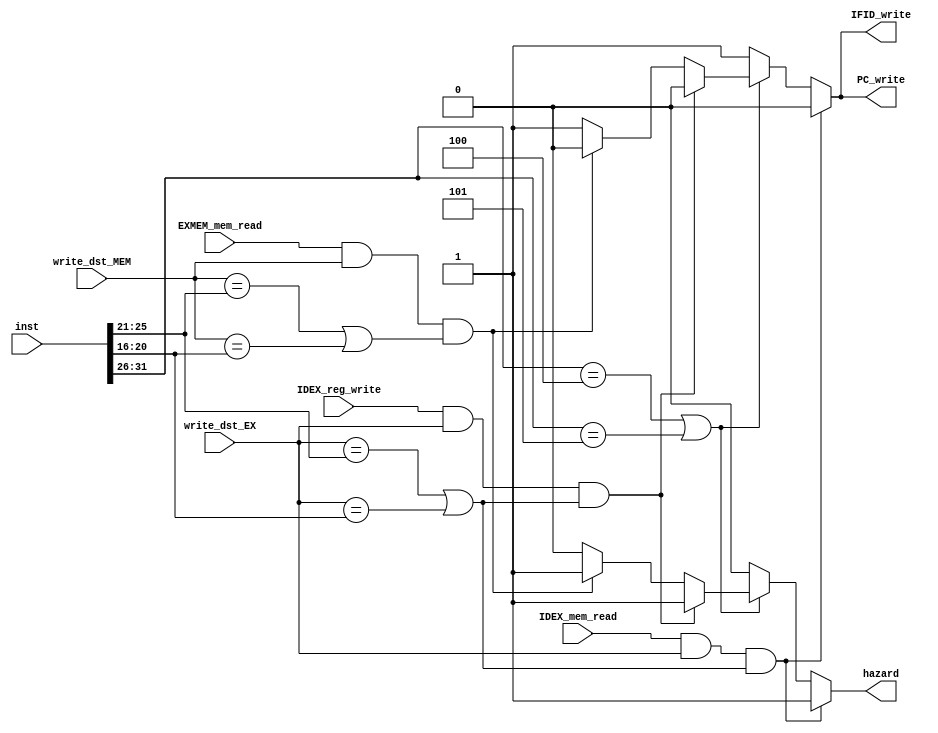
module hazard(PC_write, IFID_write, hazard, IDEX_mem_read, IDEX_reg_write, EXMEM_mem_read, inst, write_dst_EX, write_dst_MEM);

    input IDEX_mem_read, IDEX_reg_write, EXMEM_mem_read;
    input [31:0] inst;
    input [4:0] write_dst_EX, write_dst_MEM;
    output PC_write, IFID_write, hazard;

    reg PC_write, IFID_write, hazard;
    
    initial begin
        PC_write=1;
        IFID_write=1;
        hazard=0;
    end
    
    always @(*) begin
        if (IDEX_mem_read && write_dst_EX && (write_dst_EX==inst[25:21] || write_dst_EX==inst[20:16])) begin
            PC_write=0;
            IFID_write=0;
            hazard=1;
        end
        else if (inst[31:26]==4 || inst[31:26]==5) begin
            if (IDEX_reg_write && write_dst_EX && (write_dst_EX==inst[25:21] || write_dst_EX==inst[20:16])) begin
                PC_write=0;
                IFID_write=0;
                hazard=1;
            end
            else if (EXMEM_mem_read && write_dst_MEM && (write_dst_MEM==inst[25:21] || write_dst_MEM==inst[20:16])) begin
                PC_write=0;
                IFID_write=0;
                hazard=1;
            end
            else begin
                PC_write=1;
                IFID_write=1;
                hazard=0;
            end
        end
        else begin
            PC_write=1;
            IFID_write=1;
            hazard=0;
        end
        
        //if ((inst[31:26]==4 || inst[31:26]==5) && (write_dst_EX==inst[25:21] || write_dst_EX==inst[20:16])) flag=1;
        //$display("hazard: IDEX_mem_read: %b, inst: %b, write_dst_EX: %d", IDEX_mem_read, inst, write_dst_EX);
        //if ((((inst[31:26] == 4) && comp_result) || ((inst[31:26] == 5) && (!comp_result)))) IF_flush = 1;
        //$display("hazard: PC_write:%b IFID_write:%b hazard:%b", PC_write, IFID_write, hazard);
    end

endmodule